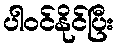
ပါဝင်နိုင်ပြီး